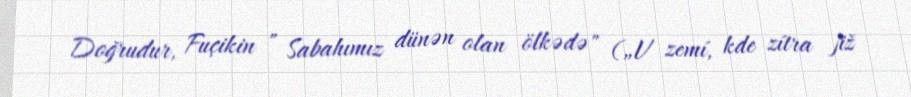
Doğrudur, Fuçikin " Sabahımız dünən olan ölkədə" („V zemí, kde zítra již